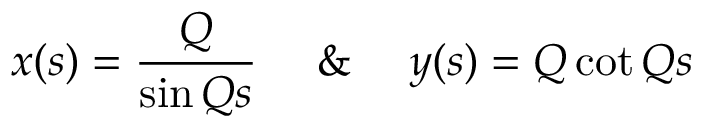
x ( s ) = \frac { Q } { \sin Q s } \ \ \ \ \& \ \ \ \ y ( s ) = Q \cot Q s